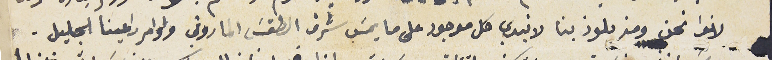
لانوا نحن ومن يلوذ بنا لا نبدي كل موجود على ما يمسَ شرف الطقسَ الماروني واوامر راعينا الجليل.